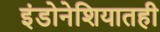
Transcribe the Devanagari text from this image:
इंडोनेशियातही